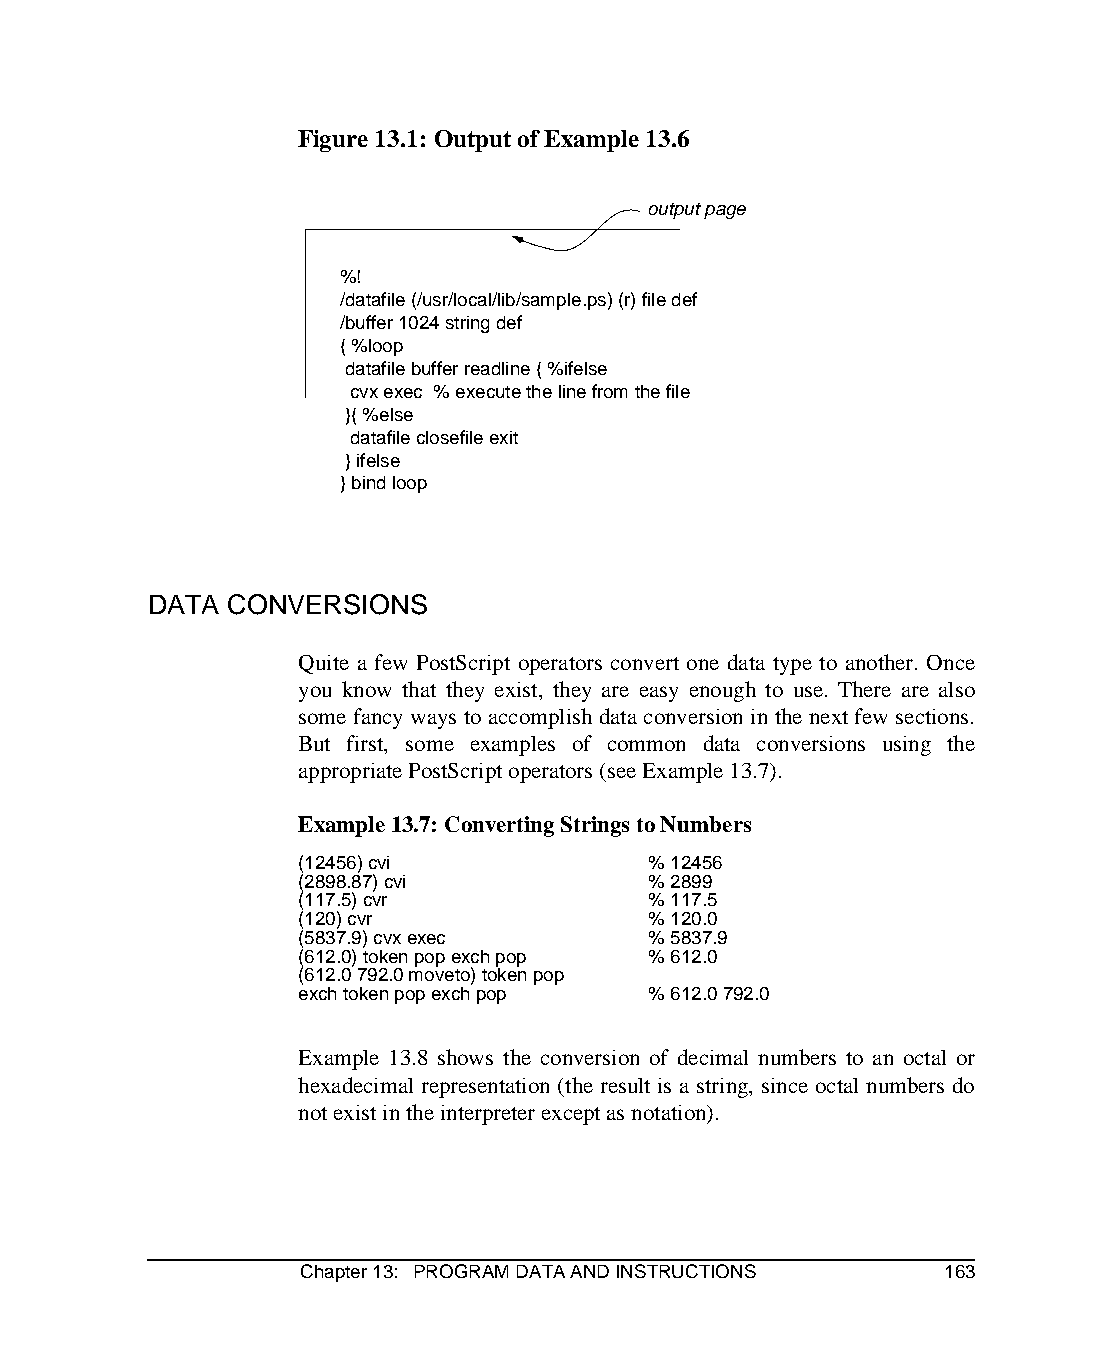
Figure 13.1: Output of Example 13.6
 output page
 %!
 /datafile (/usr/local/lib/sample.ps) (r) file def
 /buffer 1024 string def
 { %loop
 datafile buffer readline { %ifelse
 cvx exec % execute the line from the file
 }{ %else
 datafile closefile exit
 } ifelse
 } bind loop
 DATA  CONVERSIONS
 Quite a few PostScript operators convert one data type to another. Once
 you know that they exist, they are easy enough to use. There are also
 some fancy ways to accomplish data conversion in the next few sections.
 But first, some examples of common data conversions using the
 appropriate PostScript operators (see Example 13.7).
 Example 13.7: Converting Strings to Numbers
 (12456) cvi             % 12456
 (2898.87) cvi           % 2899
 (117.5) cvr             % 117.5
 (120) cvr               % 120.0
 (5837.9) cvx exec       % 5837.9
 (612.0) token pop exch pop % 612.0
 (612.0 792.0 moveto) token pop
 exch token pop exch pop % 612.0 792.0
 Example 13.8 shows the conversion of decimal numbers to an octal or
 hexadecimal representation (the result is a string, since octal numbers do
 not exist in the interpreter except as notation).
 Chapter 13: PROGRAM DATA AND INSTRUCTIONS 163